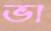
ভা